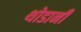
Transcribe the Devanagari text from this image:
थोडानी